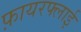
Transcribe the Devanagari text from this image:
फ़ायरफ्लाई